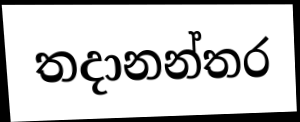
තදානන්තර